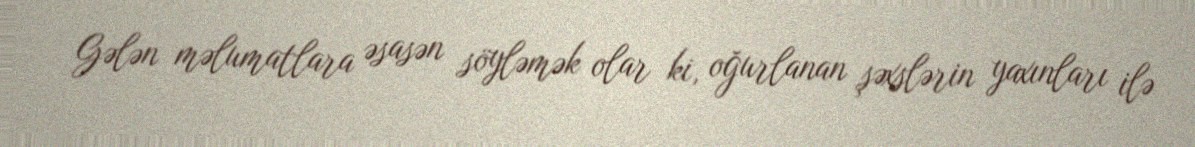
Gələn məlumatlara əsasən söyləmək olar ki, oğurlanan şəxslərin yaxınları ilə